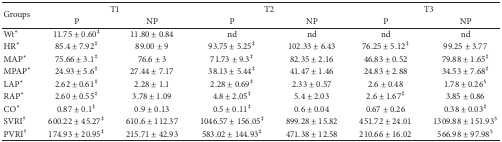
<table><thead><tr><td rowspan="2"><b>Groups</b></td><td colspan="2"><b>T1</b></td><td colspan="2"><b>T2</b></td><td colspan="2"><b>T3</b></td></tr><tr><td><b>P</b></td><td><b>NP</b></td><td><b>P</b></td><td><b>NP</b></td><td><b>P</b></td><td><b>NP</b></td></tr></thead><tbody><tr><td>Wt*</td><td>11.75 ± 0.60<sup>‡</sup></td><td>11.80 ± 0.84</td><td>nd</td><td>nd</td><td>nd</td><td>nd</td></tr><tr><td>HR*</td><td>85.4 ± 7.92<sup>‡</sup></td><td>89.00 ± 9</td><td>93.75 ± 5.25<sup>‡</sup></td><td>102.33 ± 6.43</td><td>76.25 ± 5.12<sup>‡</sup></td><td>99.25 ± 3.77</td></tr><tr><td>MAP*</td><td>75.66 ± 3.1<sup>‡</sup></td><td>76.6 ± 3</td><td>71.73 ± 9.3<sup>‡</sup></td><td>82.35 ± 2.16</td><td>46.83 ± 0.52</td><td>79.88 ± 1.65<sup>‡</sup></td></tr><tr><td>MPAP*</td><td>24.93 ± 5.6<sup>‡</sup></td><td>27.44 ± 7.17</td><td>38.13 ± 5.44<sup>‡</sup></td><td>41.47 ± 1.46</td><td>24.83 ± 2.88</td><td>34.53 ± 7.68<sup>‡</sup></td></tr><tr><td>LAP*</td><td>2.62 ± 0.61<sup>‡</sup></td><td>2.28 ± 1.1</td><td>2.28 ± 0.69<sup>‡</sup></td><td>2.33 ± 0.57</td><td>2.6 ± 0.48</td><td>1.78 ± 0.26<sup>§</sup></td></tr><tr><td>RAP*</td><td>2.60 ± 0.55<sup>‡</sup></td><td>3.78 ± 1.09</td><td>4.8 ± 2.05<sup>‡</sup></td><td>5.4 ± 2.03</td><td>2.6 ± 1.67<sup>‡</sup></td><td>3.85 ± 0.86</td></tr><tr><td>CO*</td><td>0.87 ± 0.1<sup>‡</sup></td><td>0.9 ± 0.13</td><td>0.5 ± 0.11<sup>‡</sup></td><td>0.6 ± 0.04</td><td>0.67 ± 0.26</td><td>0.38 ± 0.03<sup>‡</sup></td></tr><tr><td>SVRI<sup>†</sup></td><td>600.22 ± 45.27<sup>‡</sup></td><td>610.6 ± 112.37</td><td>1046.57 ± 156.05<sup>‡</sup></td><td>899.28 ± 15.82</td><td>451.72 ± 24.01</td><td>1309.88 ± 151.93<sup>§</sup></td></tr><tr><td>PVRI<sup>†</sup></td><td>174.93 ± 20.95<sup>‡</sup></td><td>215.71 ± 42.93</td><td>583.02 ± 144.93<sup>‡</sup></td><td>471.38 ± 12.58</td><td>210.66 ± 16.02</td><td>566.98 ± 97.98<sup>§</sup></td></tr></tbody></table>